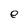
Character: e